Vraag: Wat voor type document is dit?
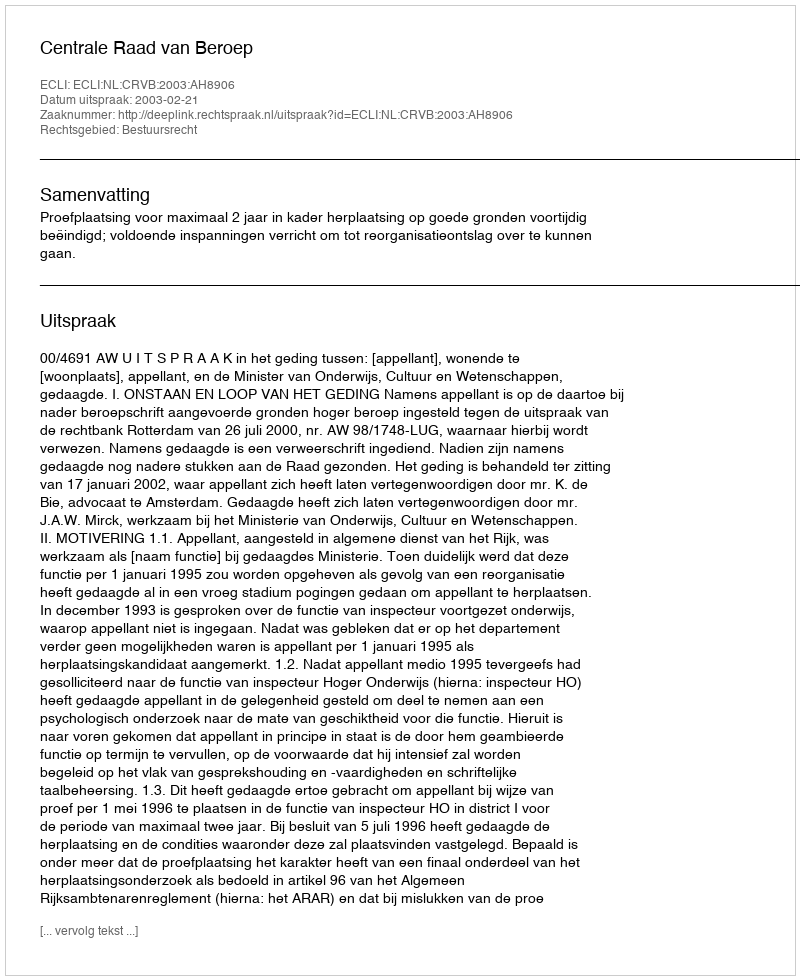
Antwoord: Uitspraak